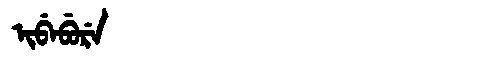
Manchu: ᡳᠪᡝᠪᡠᡵᡝ
Romanization: IBEBURE